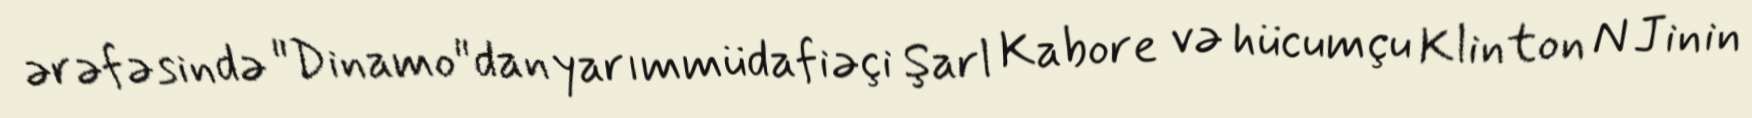
ərəfəsində "Dinamo"dan yarımmüdafiəçi Şarl Kabore və hücumçu Klinton N Jinin